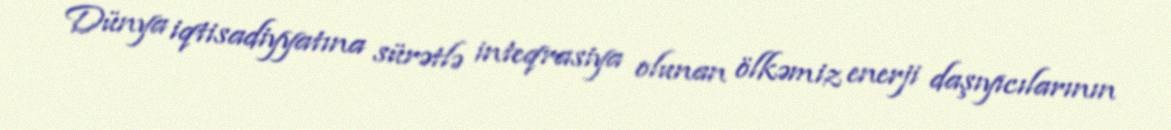
Dünya iqtisadiyyatına sürətlə inteqrasiya olunan ölkəmiz enerji daşıyıcılarının